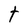
Character: t